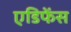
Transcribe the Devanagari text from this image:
एडिफेंस